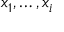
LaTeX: x _ { 1 } , \ldots , x _ { i }